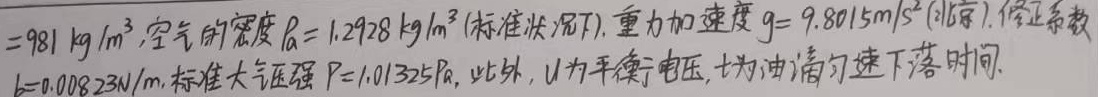
设油的密度\(\rho = 981\ kg/m^{3}\)，空气的密度\(\rho _{a}=1.2928\ kg/m^{3}\)（标准状况下），重力加速度\(g = 9.8015m/s^{2}\)（北京），修正系数\(k = 0.00823N/m\)，标准大气压强\(P = 1.01325Pa\)。此外，\(U\)为平衡电压，\(t\)为油滴匀速下落时间。